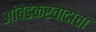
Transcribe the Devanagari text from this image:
आंबेडकरवादाचा